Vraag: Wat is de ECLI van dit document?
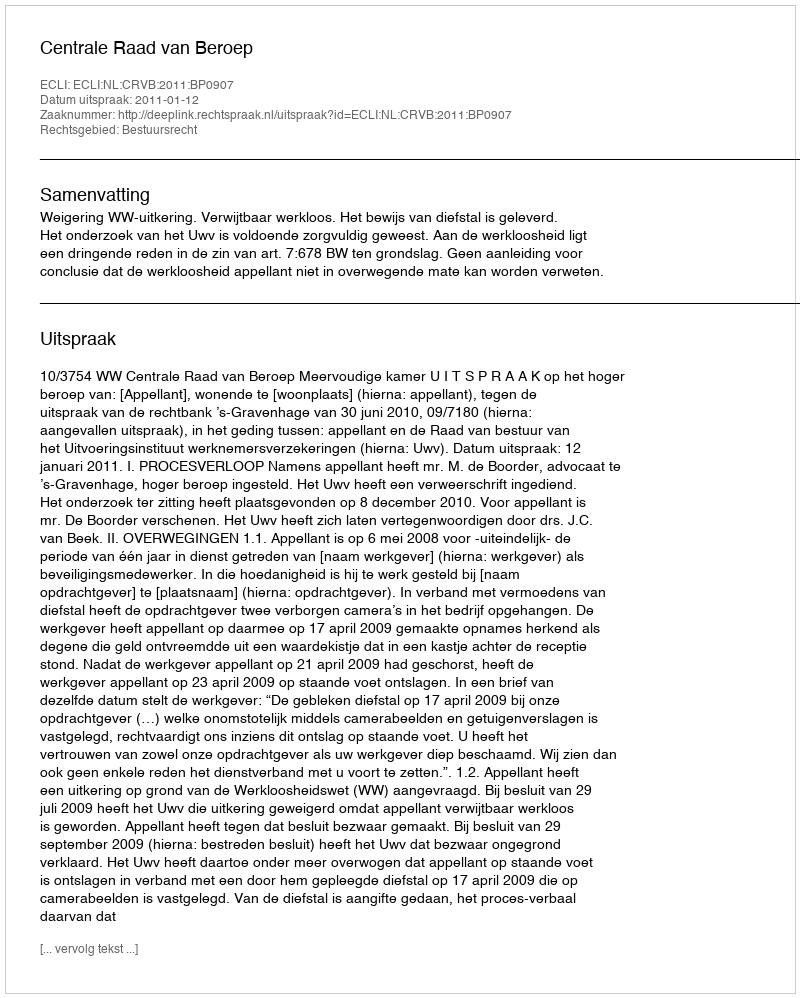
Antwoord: ECLI:NL:CRVB:2011:BP0907